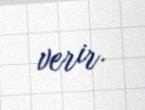
verir.